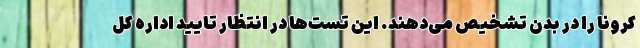
کرونا را در بدن تشخیص می‌دهند. این تست‌ها در انتظار تایید اداره کل